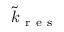
\tilde { k } _ { \mathrm { ~ r ~ e ~ s ~ } }